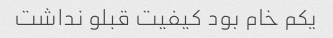
یکم خام بود کیفیت قبلو نداشت